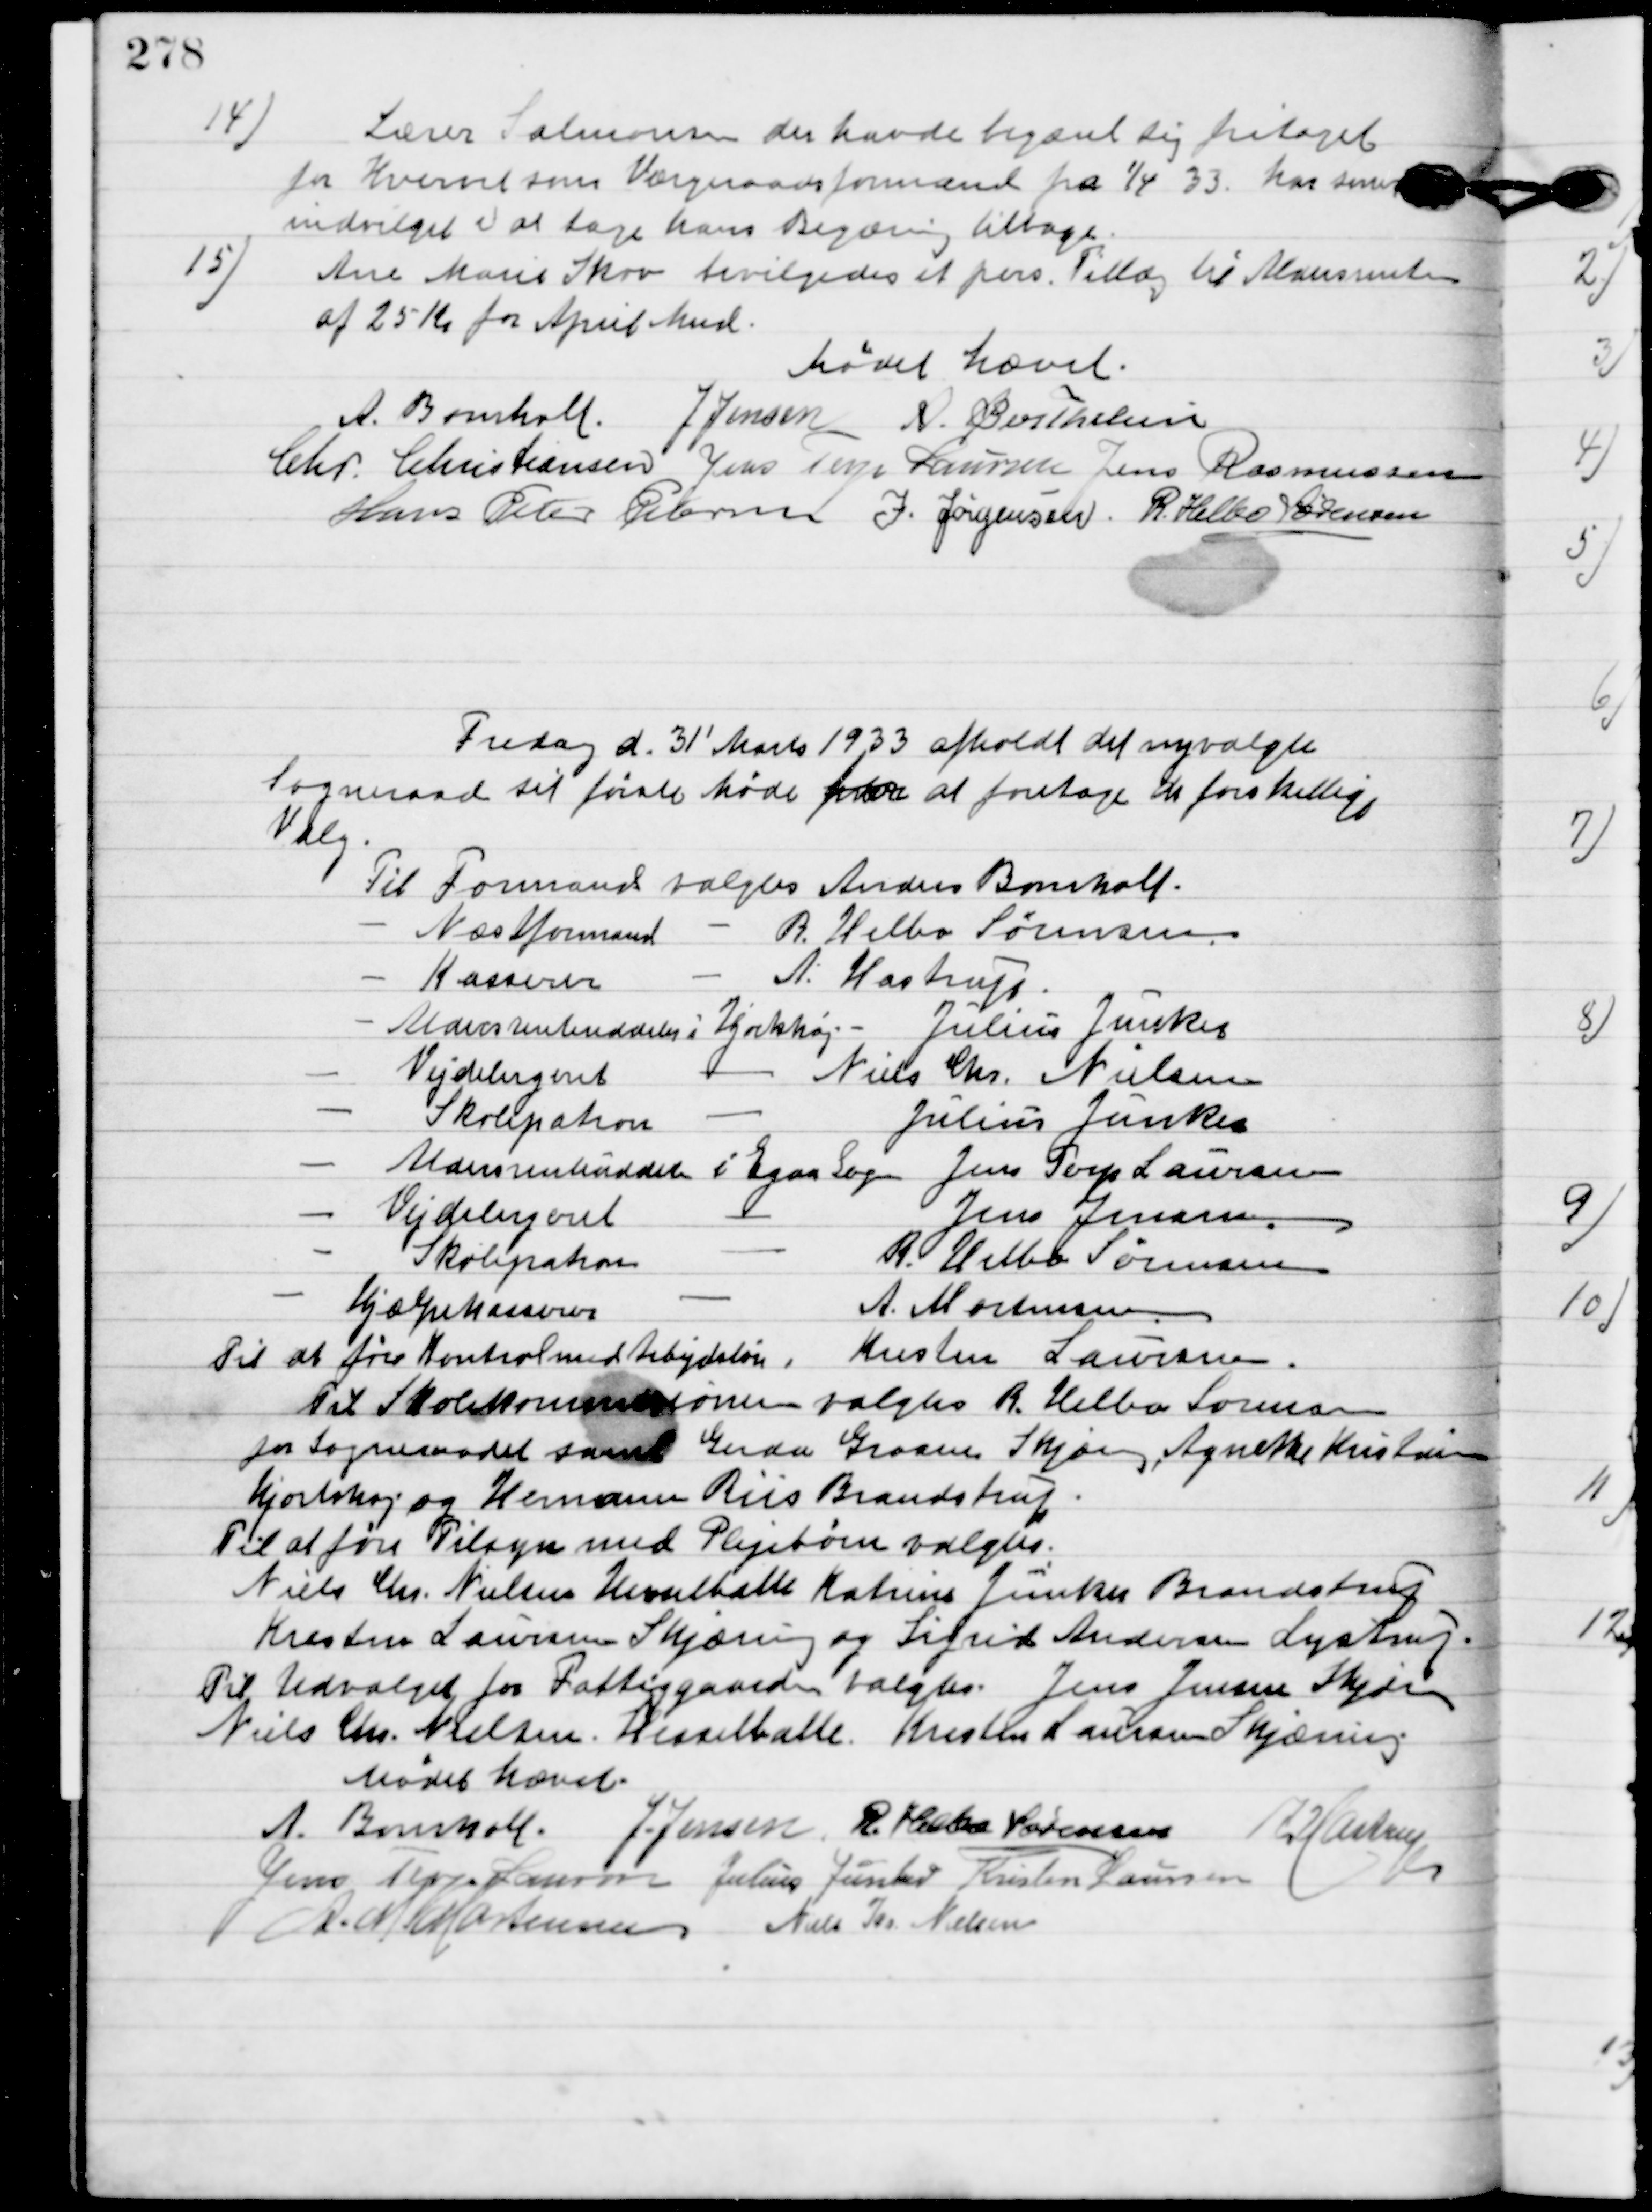
Transskription:
14

Lærer Salomonsen der havde begæret sig fritaget 
for Hvervet som Værgeraadsformand fra 1/4 33. Har sener
indvilget til at tage hans Begæring tilbage.

15

Ane Marie Skov bevilgedes et pers. Tillæg til Aldersrenten
af 25 Kr. fra April Mnd.

Mødet hævet.

A. Bomholt
Jens Jensen
A. Berthelsen
Chr. Christiansen
Jens Terp Laursen
Jens Rasmussen
Hans Peter Pedersen
I. Jørgensen
R. Helbo Sørensen

Fredag d. 31'Marts 1933 afholdt det nyvalgte
sogneraad det første Møde for at foretage de forskellige
Valg.

Til Formand valgtes Anders Bomholt
Næstformand - R.	Helbo Sørensen
Kasserer - A.	Hastrup
Aldersrenteuddeler i Hjorthøj valgtes Julius Junker
Vejdelegeret	- Niels Chr. Nielsen
Skolepatron - Julius Junker
Aldersrenteuddeler I Egaa Sogn - Jens Poul Laursen
Vejdelegeret - Jens Jensen
Skolepatron - R. Helbo Sørensen 
Hjælpekasserer - A. Mortensen
Til at føre Kontrol med Arbejdsløn - Kresten Laurensen
Til Skolekommissionen	 valgtes R.	Helbo Sørensen
For Sogneraadet samt 	Gerda Grosen, Skjæring, Agnete Kristensen,
Hjortshøj og Hermann Riis Brandstrup
Til at føre Tilsyn med Plejebørn 
Niels Chr. Nielsen Hesselballe, Katrine Junker Brandstrup
Kresten Laurensen Skjæring og Sigrid Andersen Lystrup.
Til Udvalget for Fattiggaarden valgtes: Jens Jensen Skjæring
Niels Chr. Nielsen Hesselballe, Kresten Laurensen Skjæring.

Mødet hævet.

A. Bomholt
Jens Jensen
R. Helbo Sørensen
A. Hastrup
Jens Terp Laursen
 Julius Junker
Kristen Laurensen
R. M. Mortensen
Niels Chr. Nielsen.